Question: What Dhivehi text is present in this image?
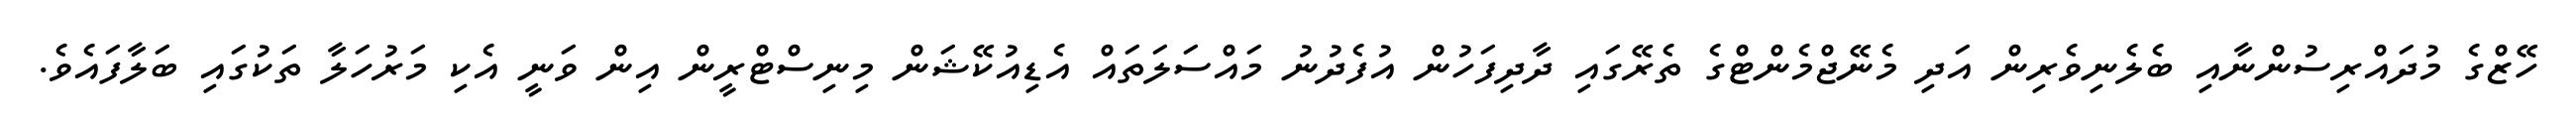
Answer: ހޭޒްގެ މުދައްރިސުންނާއި ބެލެނިވެރިން އަދި މެނޭޖްމެންޓްގެ ތެރޭގައި ދާދިފަހުން އުފެދުނު މައްސަލަތައް އެޑިއުކޭޝަން މިނިސްޓްރީން އިން ވަނީ އެކި މަރުހަލާ ތަކުގައި ބަލާފައެވެ.